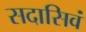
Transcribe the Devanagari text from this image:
सदासिवं